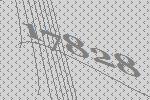
17828